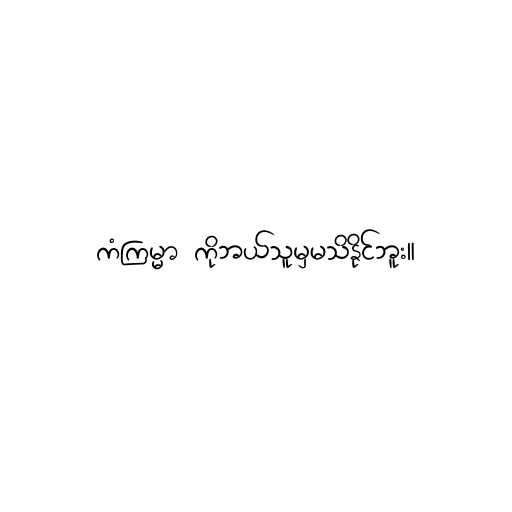
ကံကြမ္မာ ကိုဘယ်သူမှမသိနိုင်ဘူး။